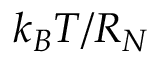
k _ { B } T / R _ { N }